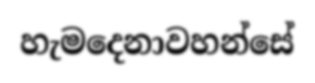
හැමදෙනාවහන්සේ